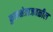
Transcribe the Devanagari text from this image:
कुरुक्षेत्राजवळील